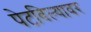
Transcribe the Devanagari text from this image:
पेटविल्यावर